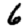
Digit: 6